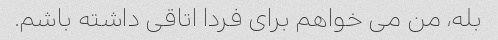
بله، من می خواهم برای فردا اتاقی داشته باشم.